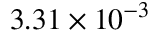
3 . 3 1 \times 1 0 ^ { - 3 }